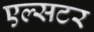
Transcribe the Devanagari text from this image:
एल्सटर